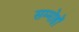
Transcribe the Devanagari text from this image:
सम्मोहों